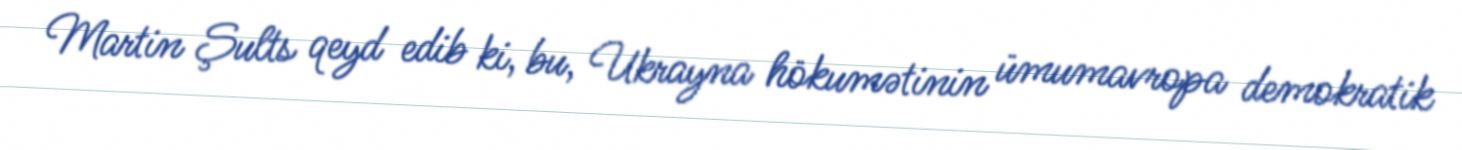
Martin Şults qeyd edib ki, bu, Ukrayna hökumətinin ümumavropa demokratik